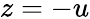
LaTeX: z=-u